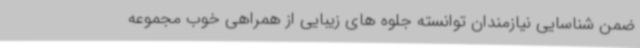
ضمن شناسایی نیازمندان توانسته جلوه های زیبایی از همراهی خوب مجموعه